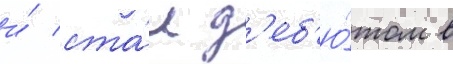
и́ ста́л д'еб'ю́том в